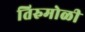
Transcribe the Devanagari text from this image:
तिरुमोळी